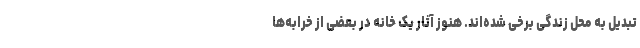
تبدیل به محل زندگی برخی شده‌اند. هنوز آثار یک خانه در بعضی از خرابه‌ها